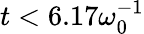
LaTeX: t<6.17\omega_{0}^{-1}